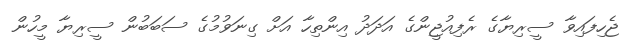
ޖެހިފައިވާ ސީރިޔާގެ ރެފިއުޖީންގެ އަދަދު އިންތިހާ އަށް ގިނަވުމުގެ ސަބަބުން ސީރިޔާ މީހުން